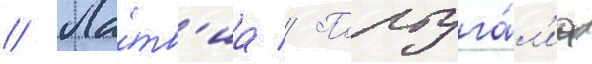
// Ла́тв'иа // Португа́л'иа